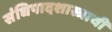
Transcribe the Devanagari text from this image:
संधिपादशास्त्राची